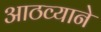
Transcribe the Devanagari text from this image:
आठव्याने